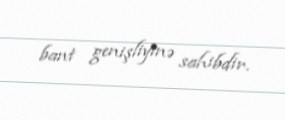
bant genişliyinə sahibdir.